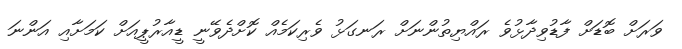
ވަރަށް ބޮޑަށް ފާޑުވިދާޅުވެ ރައްޔިތުންނަށް ރަނގަޅު ވެރިކަމެއް ކޮށްދެވޭނީ ޑީއާރުޕީއަށް ކަމަށާއި އަންނަ